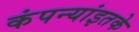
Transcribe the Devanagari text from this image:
कंपन्यांइतके